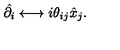
\hat { \partial _ { i } } \longleftrightarrow i \theta _ { i j } \hat { x } _ { j } .